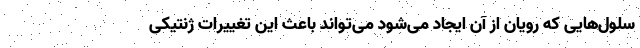
سلول‌هایی که رویان از آن ایجاد می‌شود می‌تواند باعث این تغییرات ژنتیکی